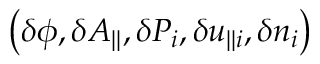
\left( \delta \phi , \delta A _ { | | } , \delta P _ { i } , \delta u _ { | | i } , \delta n _ { i } \right)